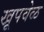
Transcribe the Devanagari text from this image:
खूपवेळ